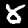
Label: 8